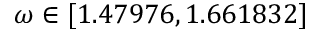
\omega \in [ 1 . 4 7 9 7 6 , 1 . 6 6 1 8 3 2 ]